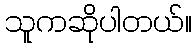
သူကဆိုပါတယ်။